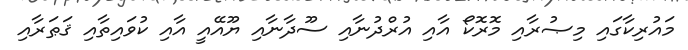
މައުރިކާގައި މިޞުރާއި މޮރޮކޯ އާއި އުރްދުނާއި ސޫދާނާއި ޔޫއޭއީ އާއި ކުވައިތާއި ޤަޠަރާއި